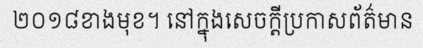
២០១៨ខាងមុខ។ នៅក្នុងសេចក្តីប្រកាសព័ត៌មាន